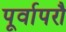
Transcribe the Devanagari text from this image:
पूर्वापरौ